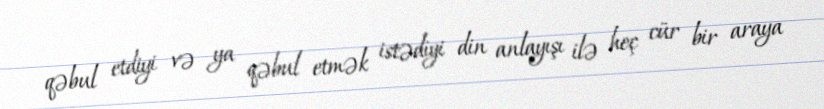
qəbul etdiyi və ya qəbul etmək istədiyi din anlayışı ilə heç cür bir araya